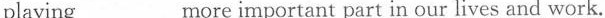
playing___more important part in our lives and work.